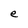
Character: e